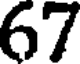
67